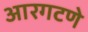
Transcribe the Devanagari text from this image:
आरगटणे